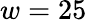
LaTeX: w=25